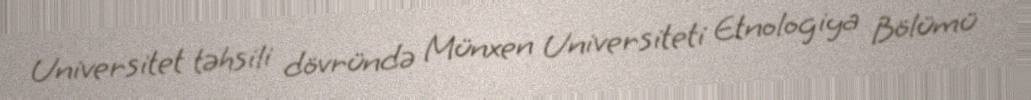
Universitet təhsili dövründə Münxen Universiteti Etnologiya Bölümü